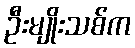
ဦးမျိုးသစ်က